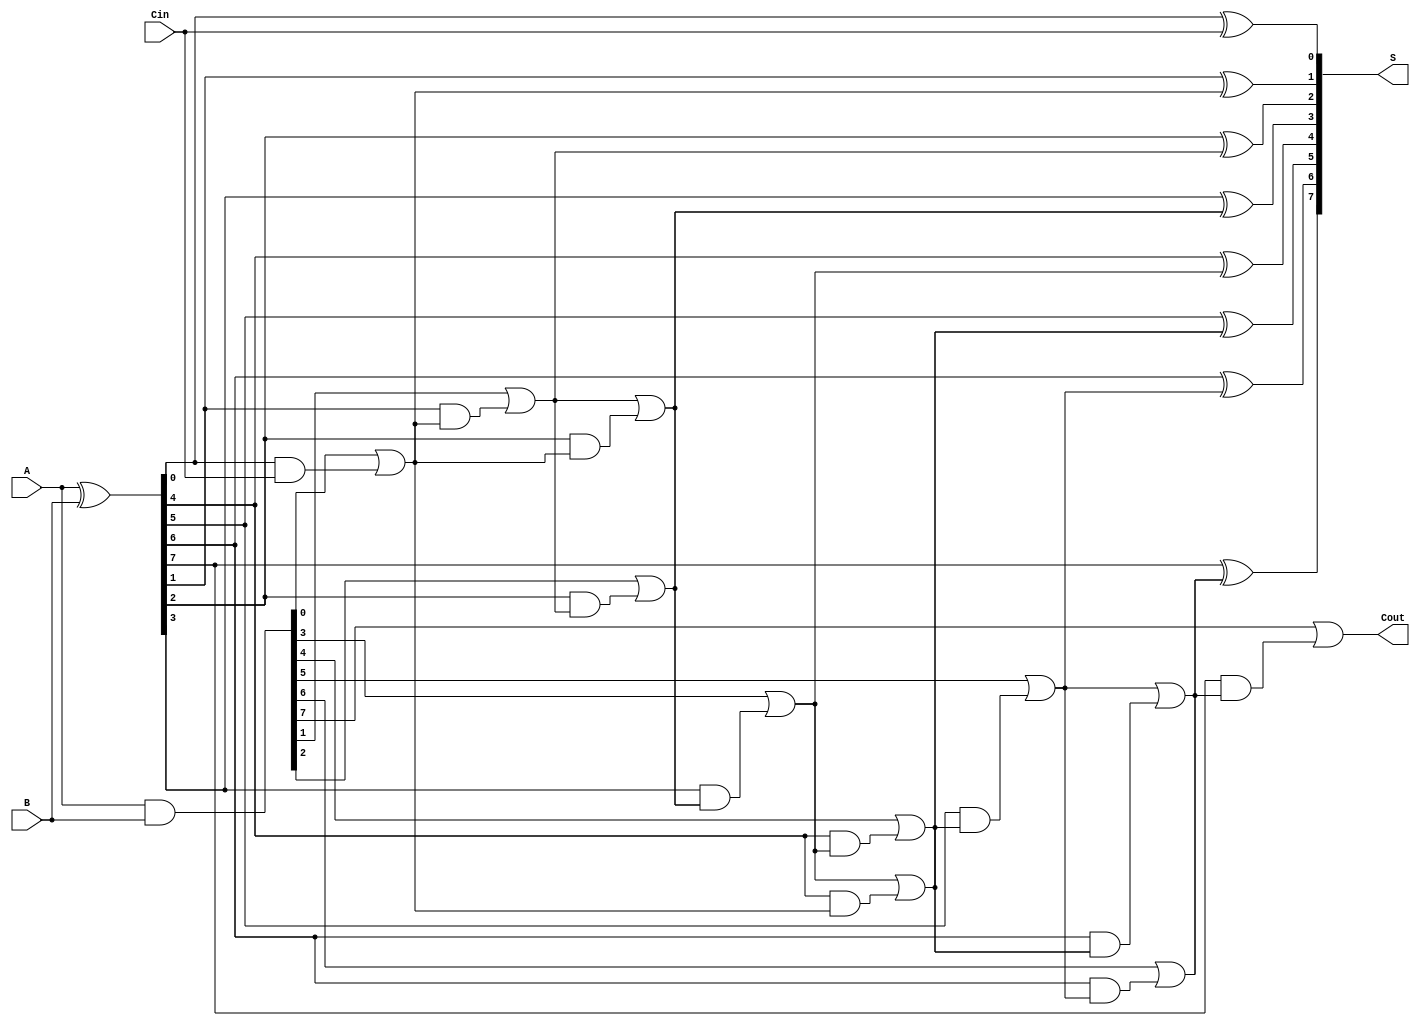
module brent_kung_adder #(parameter N = 8) (
    input  [N-1:0] A,
    input  [N-1:0] B,
    input          Cin,
    output [N-1:0] S,
    output         Cout
);

    // Generate and Propagate signals
    wire [N-1:0] G; // Generate
    wire [N-1:0] P; // Propagate
    wire [N:0] C;   // Carry signals

    // Generate and Propagate calculations
    assign G = A & B;
    assign P = A ^ B;

    // Initial carry-in
    assign C[0] = Cin;

    // Brent-Kung carry computation
    genvar i, j;
    generate
        // Stage 1
        for (i = 0; i < N; i = i + 1) begin : stage1
            if (i == 0) begin
                assign C[i + 1] = G[i] | (P[i] & C[i]);
            end else begin
                assign C[i + 1] = G[i] | (P[i] & C[i]);
            end
        end

        // Additional stages for carry computation
        for (j = 1; j < $clog2(N); j = j + 1) begin : stages
            for (i = 0; i < N; i = i + (1 << (j + 1))) begin : stage
                assign C[i + (1 << j) + 1] = C[i + (1 << j)] | (P[i + (1 << j)] & C[i + 1]);
            end
        end
    endgenerate

    // Final carry-out
    assign Cout = C[N];

    // Sum calculation
    generate
        for (i = 0; i < N; i = i + 1) begin : sum
            assign S[i] = P[i] ^ C[i];
        end
    endgenerate

endmodule